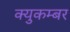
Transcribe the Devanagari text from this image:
क्युकम्बर